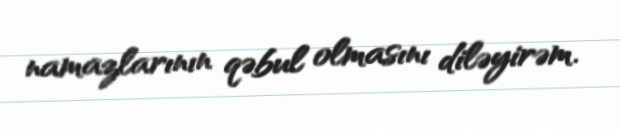
namazlarının qəbul olmasını diləyirəm.